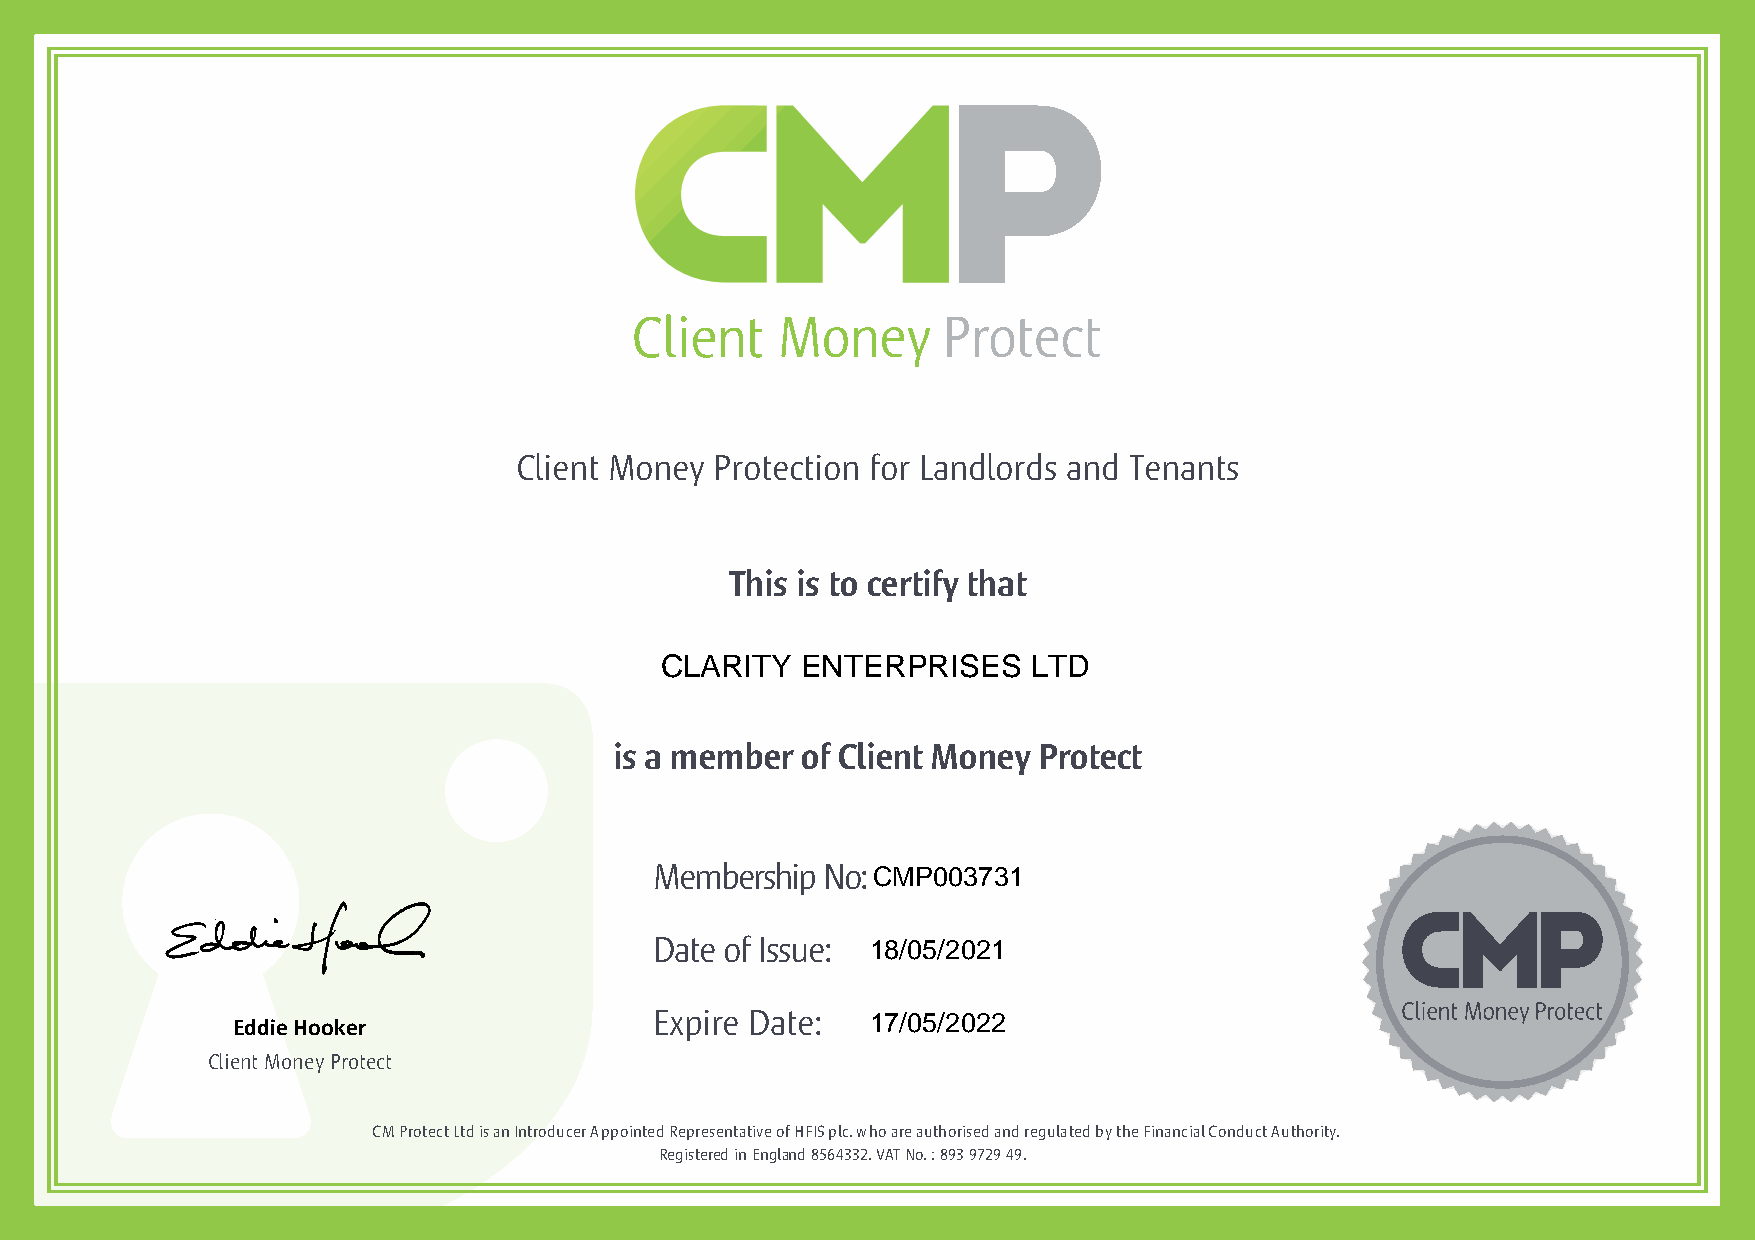
Client Money Protection for Landlords and Tenants
 This is to certify that
 CLARITY  ENTERPRISES    LTD
 is a member of Client Money Protect
 Membership No:CMP003731
 Date of Issue: 18/05/2021
 Expire Date:   17/05/2022
 Eddie Hooker
 Client Money Protect
 CM Protect Ltd is an Introducer Appointed Representative of HFIS plc. who are authorised and regulated by the Financial Conduct Author ity.
 Registered in England 8564332. VAT No. : 893 9729 49.